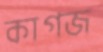
কাগজ